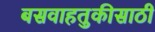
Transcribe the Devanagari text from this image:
बसवाहतुकीसाठी